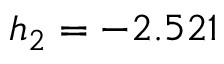
h _ { 2 } = - 2 . 5 2 1